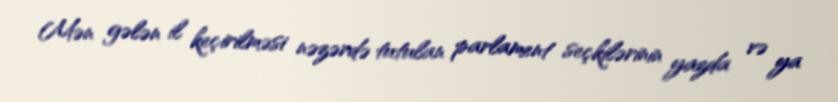
Mən gələn il keçirilməsi nəzərdə tutulan parlament seçkilərinin yazda və ya